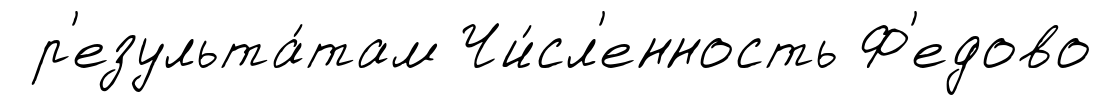
р'езульта́там Чи́сл'енность Ф'едово